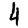
Digit: 4